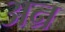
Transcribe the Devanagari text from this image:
अन्र